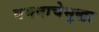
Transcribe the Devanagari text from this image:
वचनाचेसुद्धा